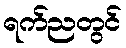
ရက်ညတွင်